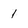
Character: 1